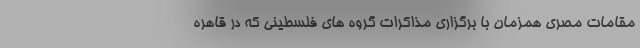
مقامات مصری همزمان با برگزاری مذاکرات گروه های فلسطینی که در قاهره